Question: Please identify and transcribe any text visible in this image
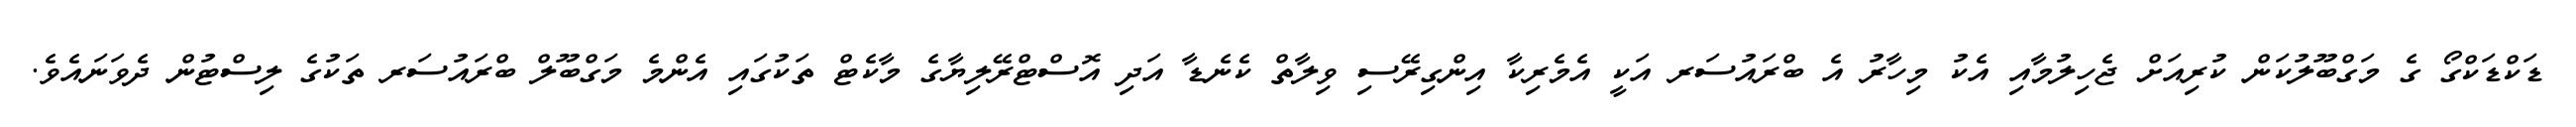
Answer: ޑަކްޑަކްގޯ ގެ މަގްބޫލުކަން ކުރިއަށް ޖެހިލުމާއި އެކު މިހާރު އެ ބްރައުސަރ އަކީ އެމެރިކާ އިންގިރޭސި ވިލާތް ކެނެޑާ އަދި އޮސްޓްރޭލިޔާގެ މާކެޓް ތަކުގައި އެންމެ މަގްބޫލް ބްރައުސަރ ތަކުގެ ލިސްޓުން ދެވަނައެވެ.